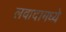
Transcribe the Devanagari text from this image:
लवादामध्ये